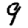
Digit: 9